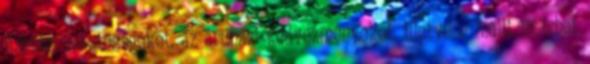
fizetési lehetőségeket, az áruházi kedvezményeket, illetve e-mailt is írhat